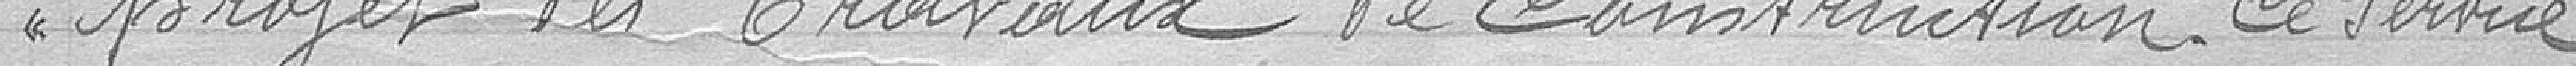
projet des travaux de construction. Ce service